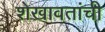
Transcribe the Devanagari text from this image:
शेखावतांची